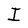
Character: I